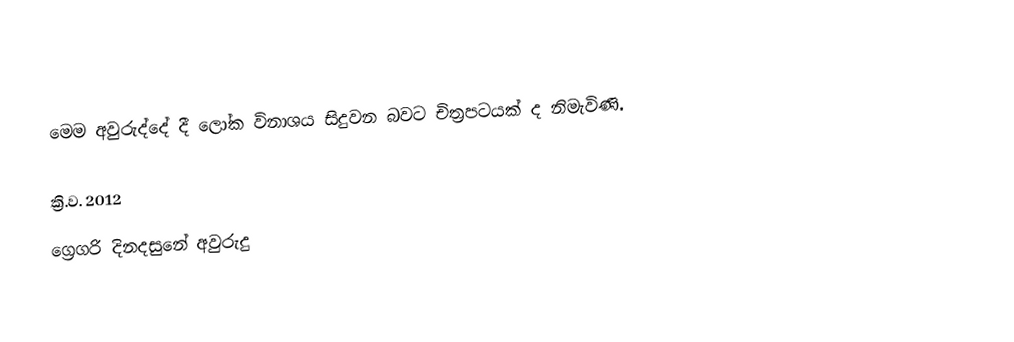

 මෙම අවුරුද්දේ දී ලෝක විනාශය සිදුවන බවට චිත්‍රපටයක් ද නිමැවිණි.

ක්‍රි.ව. 2012
ග්‍රෙගරි දිනදසුනේ අවුරුදු